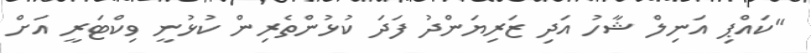
"ކައްޕި އަނިލް ޝާހު އަދި ޒަރިޔަންދު ފަދަ ކުޅުންތެރިން ކުޅުނީ ވިކްޓަރީ އަށް